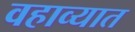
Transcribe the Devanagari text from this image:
वहाव्यात